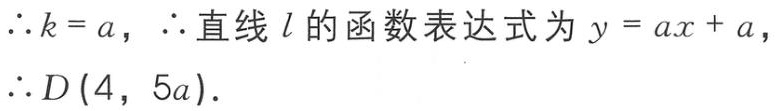
\(\therefore k = a, \therefore\)直线\(l\)的函数表达式为\(y = ax + a,\)
\(\therefore D(4,5a).\)